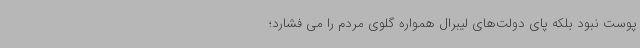
پوست نبود بلکه پای دولت‌های لیبرال همواره گلوی مردم را می فشارد؛